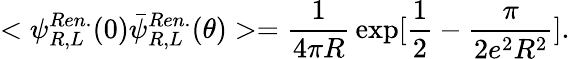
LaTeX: <\psi_{R,L}^{Ren.}(0)\bar{\psi}_{R,L}^{Ren.}(\theta)>={\frac{1}{4\pi R}}\exp[{\frac{1}{2}}-{\frac{\pi}{2e^{2}R^{2}}}].